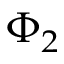
\Phi _ { 2 }